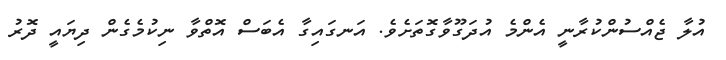
އުލާ ޖެއްސުންކުރާނީ އެންމެ އުދަގޫވާގޮތަށެވެ. އަނގައިގާ އެބަސް އޮތްވާ ނިކުމެގެން ދިޔައީ ދޮރު